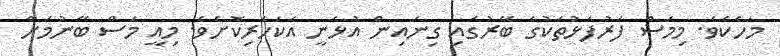
މަހެކެވެ. މިމަސް ފަރުފަޅުތަކުގެ ބޭރުގައި ގިނައިން އުޅެނީ އެކަހެރިކޮށެވެ. މިއީ މަސް ބޭނުމަށް